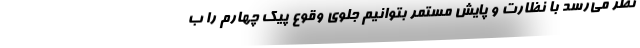
نظر می‌رسد با نظارت و پایش مستمر بتوانیم جلوی وقوع پیک چهارم را ب